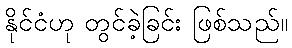
နိုင်ငံဟု တွင်ခဲ့ခြင်း ဖြစ်သည်။